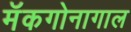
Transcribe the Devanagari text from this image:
मॅकगोनागाल